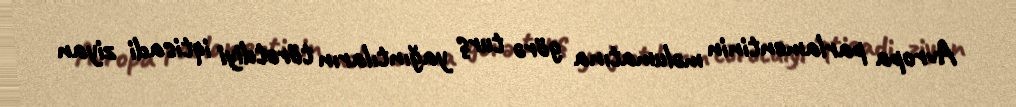
Avropa parlamentinin məlumatına görə turş yağıntıların törətdiyi iqtisadi ziyan